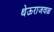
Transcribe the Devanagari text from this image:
थेऊराजवळ